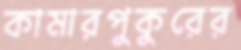
কামারপুকুরের